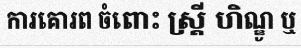
ការគោរព ចំពោះ ស្ត្រី ហិណ្ឌូ ឬ